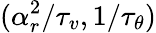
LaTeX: (\alpha_{r}^{2}/\tau_{v},1/\tau_{\theta})